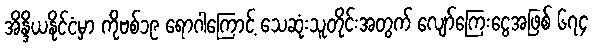
အိန္ဒိယနိုင်ငံမှာ ကိုဗစ်၁၉ ရောဂါကြောင့် သေဆုံးသူတိုင်းအတွက် လျော်ကြေးငွေအဖြစ် ၆၇၄